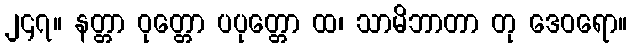
၂၄၇။ နတ္တာ ဝုတ္တော ပပုတ္တော ထ၊ သာမိဘာတာ တု ဒေဝရော။